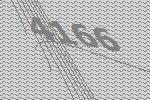
4166